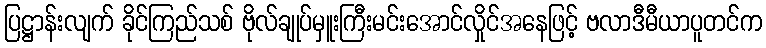
ပြဋ္ဌာန်းလျက် ခိုင်ကြည်သစ် ဗိုလ်ချုပ်မှူးကြီးမင်းအောင်လှိုင်အနေဖြင့် ဗလာဒီမီယာပူတင်က